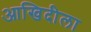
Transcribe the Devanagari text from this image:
आखिदीला